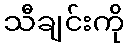
သီချင်းကို